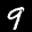
Label: 9